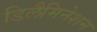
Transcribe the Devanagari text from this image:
डिलैमिनेशन